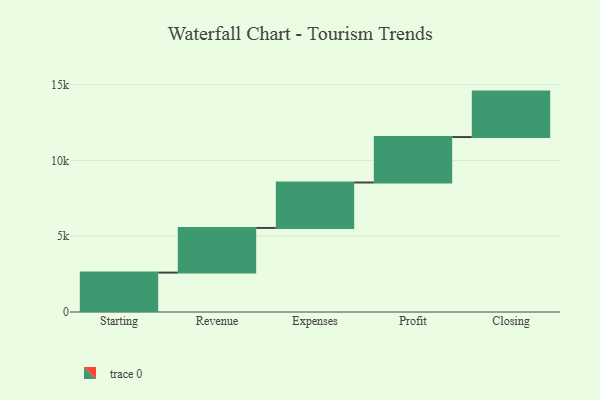
{"axis": {"x": "Step", "y": "Value"}, "legend": [""], "data": [{"x": "Starting", "y": 2601.0, "type": ""}, {"x": "Revenue", "y": 2947.0, "type": ""}, {"x": "Expenses", "y": 3000, "type": ""}, {"x": "Profit", "y": 3000, "type": ""}, {"x": "Closing", "y": 3000, "type": ""}]}